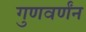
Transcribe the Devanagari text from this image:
गुणवर्णंन